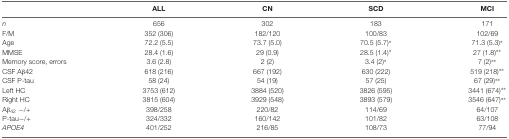
|  | ALL | CN | SCD | MCI |
 | --- | --- | --- | --- | --- |
 | n | 656 | 302 | 183 | 171 |
 | F/M | 352 (306) | 182/120 | 100/83 | 102/69 |
 | Age | 72.2 (5.5) | 73.7 (5.0) | 70.5 (5.7)* | 71.3 (5.3)* |
 | MMSE | 28.4 (1.6) | 29 (0.9) | 28.5 (1.4)* | 27 (1.8)** |
 | Memory score, errors | 3.6 (2.8) | 2 (2) | 3.4 (2)* | 7 (2)** |
 | CSF Aβ42 | 618 (216) | 667 (192) | 630 (222) | 519 (218)** |
 | CSF P-tau | 58 (24) | 54 (19) | 57 (25) | 67 (29)** |
 | Left HC | 3753 (612) | 3884 (520) | 3826 (595) | 3441 (674)** |
 | Right HC | 3815 (604) | 3929 (548) | 3893 (579) | 3546 (647)** |
 | Aβ42 −/+ | 398/258 | 220/82 | 114/69 | 64/107 |
 | P-tau−/+ | 324/332 | 160/142 | 101/82 | 63/108 |
 | APOE4 | 401/252 | 216/85 | 108/73 | 77/94 |